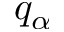
q _ { \alpha }